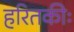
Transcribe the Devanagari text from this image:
हरितकीः